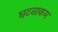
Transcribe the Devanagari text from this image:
घटनाकम